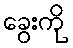
ခွေးကို